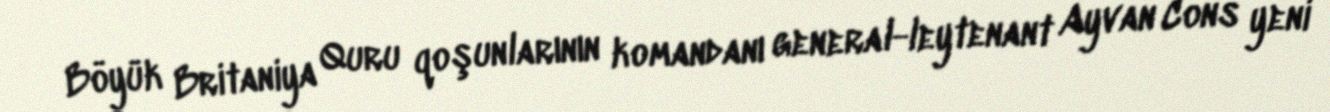
Böyük Britaniya Quru qoşunlarının komandanı general-leytenant Ayvan Cons yeni